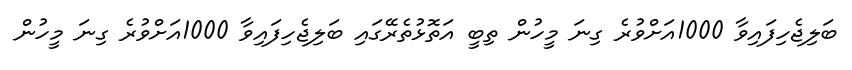
ބަލިޖެހިފައިވާ 1000އަށްވުރެ ގިނަ މީހުން ތިބީ އަތޮޅުތެރޭގައި ބަލިޖެހިފައިވާ 1000އަށްވުރެ ގިނަ މީހުން